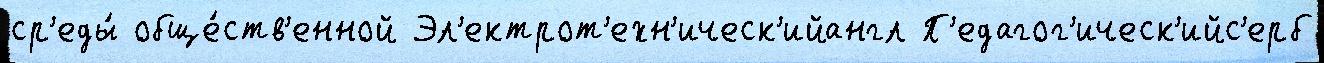
ср'еды́ обще́ств'енной Эл'ектрот'ехн'ическ'ийангл П'едагог'ическ'ийс'ерб